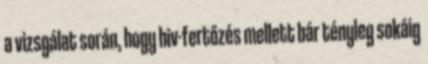
a vizsgálat során, hogy hiv-fertőzés mellett bár tényleg sokáig